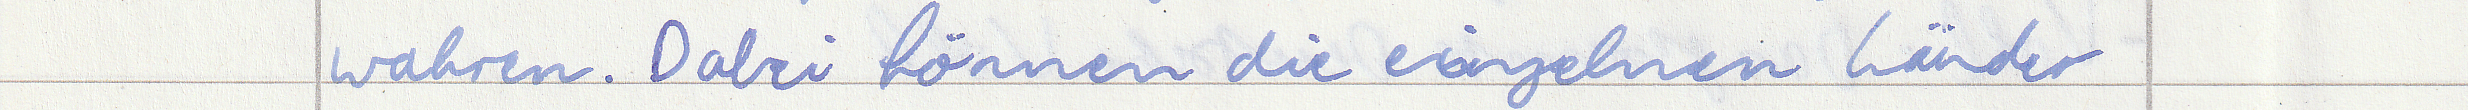
wahren. Dabei können die einzelnen Länder